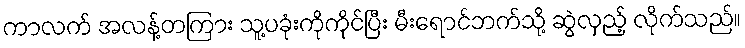
ကာလက် အလန့်တကြား သူ့ပခုံးကိုကိုင်ပြီး မီးရောင်ဘက်သို့ ဆွဲလှည့် လိုက်သည်။